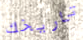
تاريخك